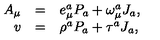
\begin{array} { r c l } { A _ { \mu } } & { = } & { e _ { \mu } ^ { a } P _ { a } + \omega _ { \mu } ^ { a } J _ { a } , } \\ { v } & { = } & { \rho ^ { a } P _ { a } + \tau ^ { a } J _ { a } , } \\ \end{array}